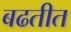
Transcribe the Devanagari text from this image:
बढतीत